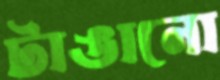
টাঙানো